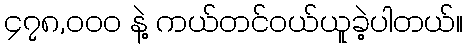
၄၇၈,၀၀၀ နဲ့ ကယ်တင်ဝယ်ယူခဲ့ပါတယ်။